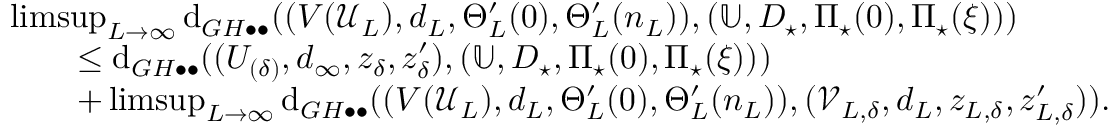
\begin{array} { r l } & { \operatorname* { l i m s u p } _ { L \to \infty } \mathrm { d } _ { G H \bullet \bullet } ( ( V ( \mathcal { U } _ { L } ) , d _ { L } , \Theta _ { L } ^ { \prime } ( 0 ) , \Theta _ { L } ^ { \prime } ( n _ { L } ) ) , ( \mathbb { U } , D _ { \star } , \Pi _ { \star } ( 0 ) , \Pi _ { \star } ( \xi ) ) ) } \\ & { \qquad \leq \mathrm { d } _ { G H \bullet \bullet } ( ( U _ { ( \delta ) } , d _ { \infty } , z _ { \delta } , z _ { \delta } ^ { \prime } ) , ( \mathbb { U } , D _ { \star } , \Pi _ { \star } ( 0 ) , \Pi _ { \star } ( \xi ) ) ) } \\ & { \qquad + \operatorname* { l i m s u p } _ { L \to \infty } \mathrm { d } _ { G H \bullet \bullet } ( ( V ( \mathcal { U } _ { L } ) , d _ { L } , \Theta _ { L } ^ { \prime } ( 0 ) , \Theta _ { L } ^ { \prime } ( n _ { L } ) ) , ( \mathcal { V } _ { L , \delta } , d _ { L } , z _ { L , \delta } , z _ { L , \delta } ^ { \prime } ) ) . } \end{array}